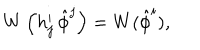
W \left( h _ { j } ^ { i } \, \hat { \phi } ^ { j } \right) = W ( \hat { \phi } ^ { i } ) ,